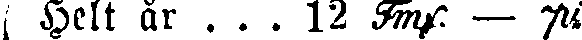
Helt år ... 12 Fmf. — pi.